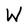
Character: W